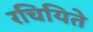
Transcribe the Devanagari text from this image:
रचियिते